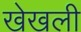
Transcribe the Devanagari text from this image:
खेखली